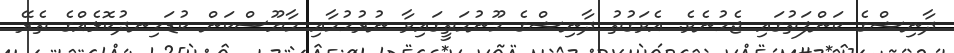
ދާނިޝްގެ ކަންފަތުގައި ޖެހުނެވެ. އެވަގުތު ދާނިޝްގެ މޫނުމަތީގަައިވާ ނުރުހުމާއި މާޔޫސްކަން ކުޑަހިނދުކޮޅެއްގެ ތެރޭ